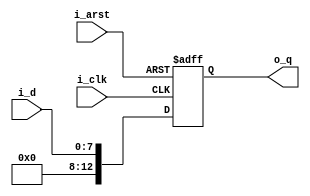
module multi_p1_ext5
#(
	parameter	D_WIDTH	= 8
)
(
	input	i_arst,
	input	i_clk,
	
	input	[D_WIDTH-1:0]i_d,
	output	[D_WIDTH+5-1:0]o_q
);

reg		[D_WIDTH+5-1:0]r_q_1P;

wire	[D_WIDTH+5-1:0]w_d_0P;

assign	w_d_0P	= {5'b0000, i_d};

always@(posedge i_arst or posedge i_clk)
begin
	if (i_arst)
		r_q_1P	<= {D_WIDTH+5{1'b0}};
	else
		r_q_1P	<= w_d_0P;
end

assign	o_q	= r_q_1P;

endmodule